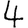
Digit: 4